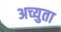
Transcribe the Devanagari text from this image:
अच्युता